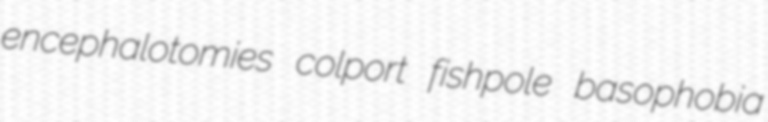
encephalotomies colport fishpole basophobia